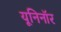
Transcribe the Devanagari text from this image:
यूनिनॉर